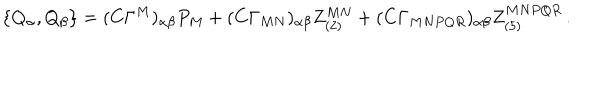
\{ Q _ { \alpha } , Q _ { \beta } \} = ( C \Gamma ^ { M } ) _ { \alpha \beta } P _ { M } + ( C \Gamma _ { M N } ) _ { \alpha \beta } Z _ { ( 2 ) } ^ { M N } + ( C \Gamma _ { M N P Q R } ) _ { \alpha \beta } Z _ { ( 5 ) } ^ { M N P Q R } \, .